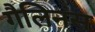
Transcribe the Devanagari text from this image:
गैलिनस